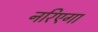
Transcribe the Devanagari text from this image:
नरिएगा